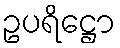
ဥပရိဋ္ဌော